Vaccine operations Central Provinces & Berar 1912-1920 - 1912-1920
Year: 1912
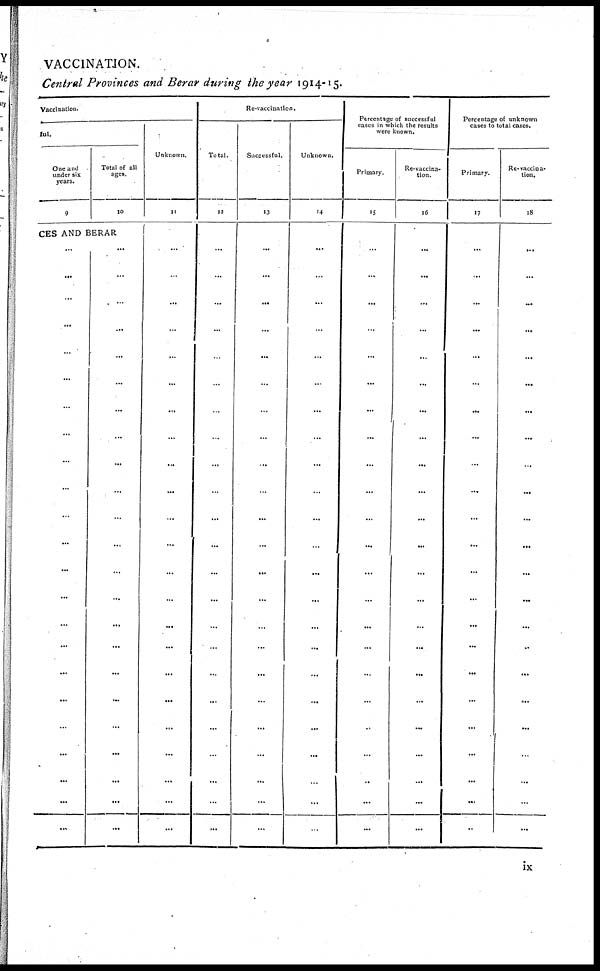
VACCINATION.
Central Provinces and Berar during the year 1914-15.
Vaccination.
ful.
One and
under six
years.
9
Total of all
ages.
10
CES AND BERAR
...
...
...
...
...
...
...
...
...
...
...
...
...
...
...
...
...
...
...
...
...
...
...
...
...
...
...
...
...
...
...
...
...
...
...
...
...
...
...
...
...
...
...
...
...
...
Unknown.
11
...
...
...
...
...
...
...
...
...
...
...
...
...
...
...
...
...
...
...
...
...
...
...
Re-vaccination.
Total.
12
...
...
...
...
...
...
...
...
...
...
...
...
...
...
...
...
...
...
...
...
...
...
...
Successful.
13
...
...
...
...
...
...
...
...
...
...
...
...
...
...
...
...
...
...
...
...
...
...
...
Unknown.
14
...
...
...
...
...
...
...
...
...
...
...
...
...
...
...
...
...
...
...
...
...
...
...
Percentage of successful
cases in which the results
were known.
Primary.
15
...
...
...
...
...
...
...
...
...
...
...
...
...
...
...
...
...
...
...
...
...
...
...
Re-vaccina-
tion.
16
...
...
...
...
...
...
...
...
...
...
...
...
...
...
...
...
...
...
...
...
...
...
...
Percentage of unknown
cases to total cases.
Primary.
17
...
...
...
...
...
...
...
...
...
...
...
...
...
...
...
...
...
...
...
...
...
...
...
Re-vaccina-
tion.
18
...
...
...
...
...
....
...
...
...
...
...
...
...
...
...
...
...
...
...
...
...
...
...
ix